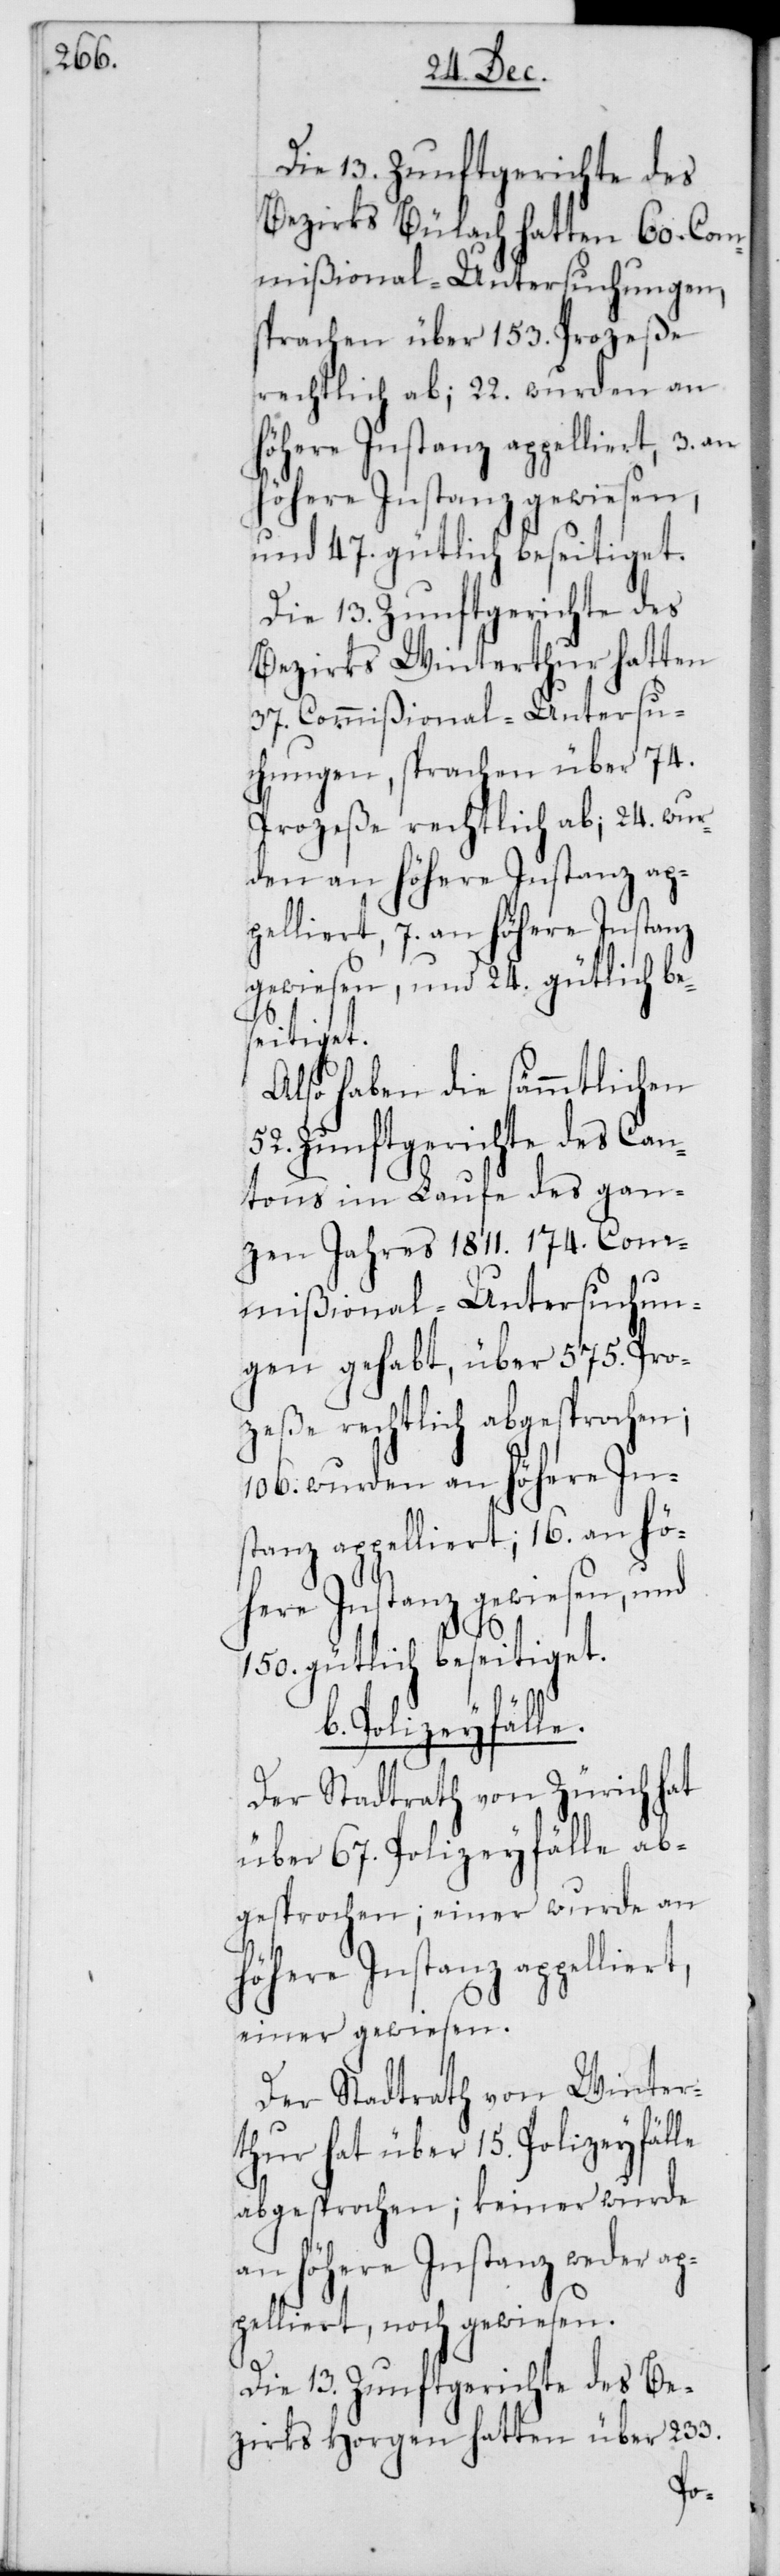
Die 13. Zunftgerichte des
Bezirks Bülach hatten 60. Com¬
mißional-Untersuchungen,
sprachen über 153. Prozeße
rechtlich ab; 22. wurden an
höhere Instanz appelliert,
höhere Instanz gewiesen,
und 47. gütlich beseitiget.
Die 13. Zunftgerichte des
Bezirks Winterthur hatten
37. Commißional-Untersu¬
chungen, sprachen über 74.
Prozeße rechtlich ab; 24. wur¬
den an höhere Instanz ap¬
pelliert, 7. an höhere Instanz
gewiesen, und 24. gütlich be¬
seitiget.
Also haben die sämmtlichen
52. Zunftgerichte des Can¬
tons im Laufe des gan¬
zen Jahrs 1811. 174. Com¬
mißional-Untersuchun¬
gen gehabt, über 575. Pro¬
zeße rechtlich abgesprochen;
106. wurden an höhere In¬
stanz appelliert; 16. an hö¬
here Instanz gewiesen, und
150. gütlich beseitiget.
b. Polizeyfälle.
Der Stadtrath von Zürich hat
über 67. Polizeyfälle ab¬
gesprochen; einer wurde an
einer gewiesen.
Der Stadtrath von Winter¬
thur hat über 15. Polizeyfälle
abgesprochen; keiner wurde
an höhere Instanz weder ap¬
pelliert, noch gewiesen.
Die 13. Zunftgerichte des Be¬
zirks Horgen hatten über 233.